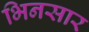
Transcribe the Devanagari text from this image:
भिनसार